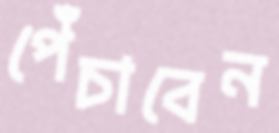
পেঁচাবেন